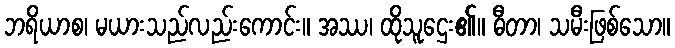
ဘရိယာစ၊ မယားသည်လည်းကောင်း။ အဿ၊ ထိုသူဌေး၏။ ဓီတာ၊ သမီးဖြစ်သော။